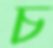
চ